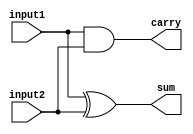
module halfadder_behavioral(sum,carry,input1,input2);

  input input1 , input2;
  output reg sum , carry;


  //Behavioral
  always @(*)
    begin
      sum =  input1 ^ input2;
      carry =  input1 & input2;
    end

endmodule


module halfadder_test;

  //inputs
  reg input1;
  reg input2;

  //outputs
  wire sum;
  wire carry;

  //instantiat unit under test
  halfadder_behavioral ha ( .sum(sum), .carry(carry), .input1(input1), .input2(input2));

  initial begin
    input1 = 1'b0;
    input2 = 1'b0;
    #2 input1 = 1'b0; input2 = 1'b1;
    #2 input1 = 1'b1; input2 = 1'b0;
    #2 input1 = 1'b1; input2 = 1'b1;
  end

  initial begin
    $dumpfile("halfadder_behavioral.vcd");
    $dumpvars(0, halfadder_test);
    $monitor("time=%g,s=%b,c=%b,a=%b,b=%b", $time, sum,carry,input1,input2);
  end
  initial #10 $finish; 

endmodule